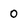
Character: O